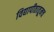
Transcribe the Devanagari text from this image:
विद्यापीठातूनच